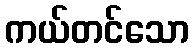
ကယ်တင်သော